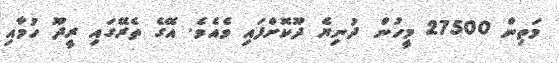
މަތިން 27500 މީހުން ދުނިޔެ ދޫކޮށްފައި ވެއެވެ. އޭގެ ތެރޭގައި ރީދޫ ހުމާއި